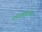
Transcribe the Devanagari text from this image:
राधारससुधानिधि